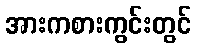
အားကစားကွင်းတွင်